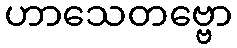
ဟာသေတဗ္ဗော